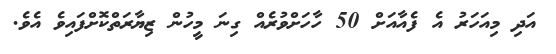
އަދި މިއަހަރު އެ ފެއާއަށް 50 ހާހަށްވުރެއް ގިނަ މީހުން ޒިޔާރަތްކޮށްފައިވެ އެވެ.